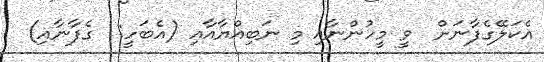
އެކަލޭގެފާނަށް  ވީ މީހުންނާއި މި ނަބިއްޔާއާއި (އެބަހީ:  ގެފާނާއި)